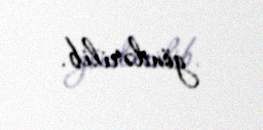
göndərilib.